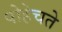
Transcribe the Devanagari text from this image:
पोहेचते